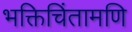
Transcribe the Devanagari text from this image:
भक्तिचिंतामणि